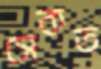
সেকত